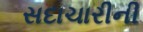
સદાચારીની